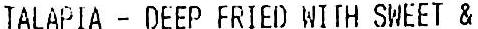
TALAPIA - DEEP FRIED WITH SWEET &